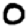
Digit: 0